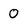
Character: 0